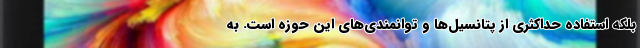
بلکه استفاده حداکثری از پتانسیل‌ها و توانمندی‌های این حوزه است. به